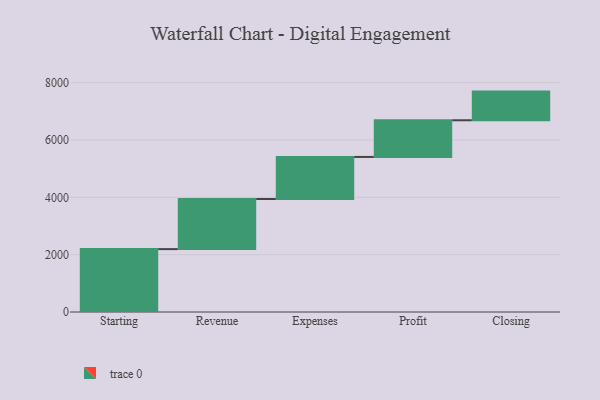
{"axis": {"x": "Step", "y": "Value"}, "legend": [""], "data": [{"x": "Starting", "y": 2193.0, "type": ""}, {"x": "Revenue", "y": 1748.0, "type": ""}, {"x": "Expenses", "y": 1467.0, "type": ""}, {"x": "Profit", "y": 1279.0, "type": ""}, {"x": "Closing", "y": 1000, "type": ""}]}